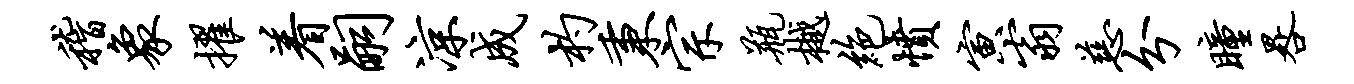
稽象擢着嗣凉成杓秉宗瓶樾绝愤寅翁慈分瞳晷